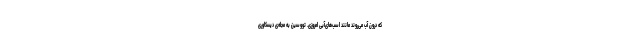
که درون آب می‌روند مانند اسب‌های‌آبی امروزی. تووسین به مجله‌ی دیسکاوری